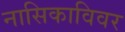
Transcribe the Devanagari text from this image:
नासिकाविवर